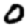
Digit: 0